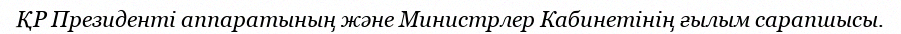
ҚР Президенті аппаратының және Министрлер Кабинетінің ғылым сарапшысы.